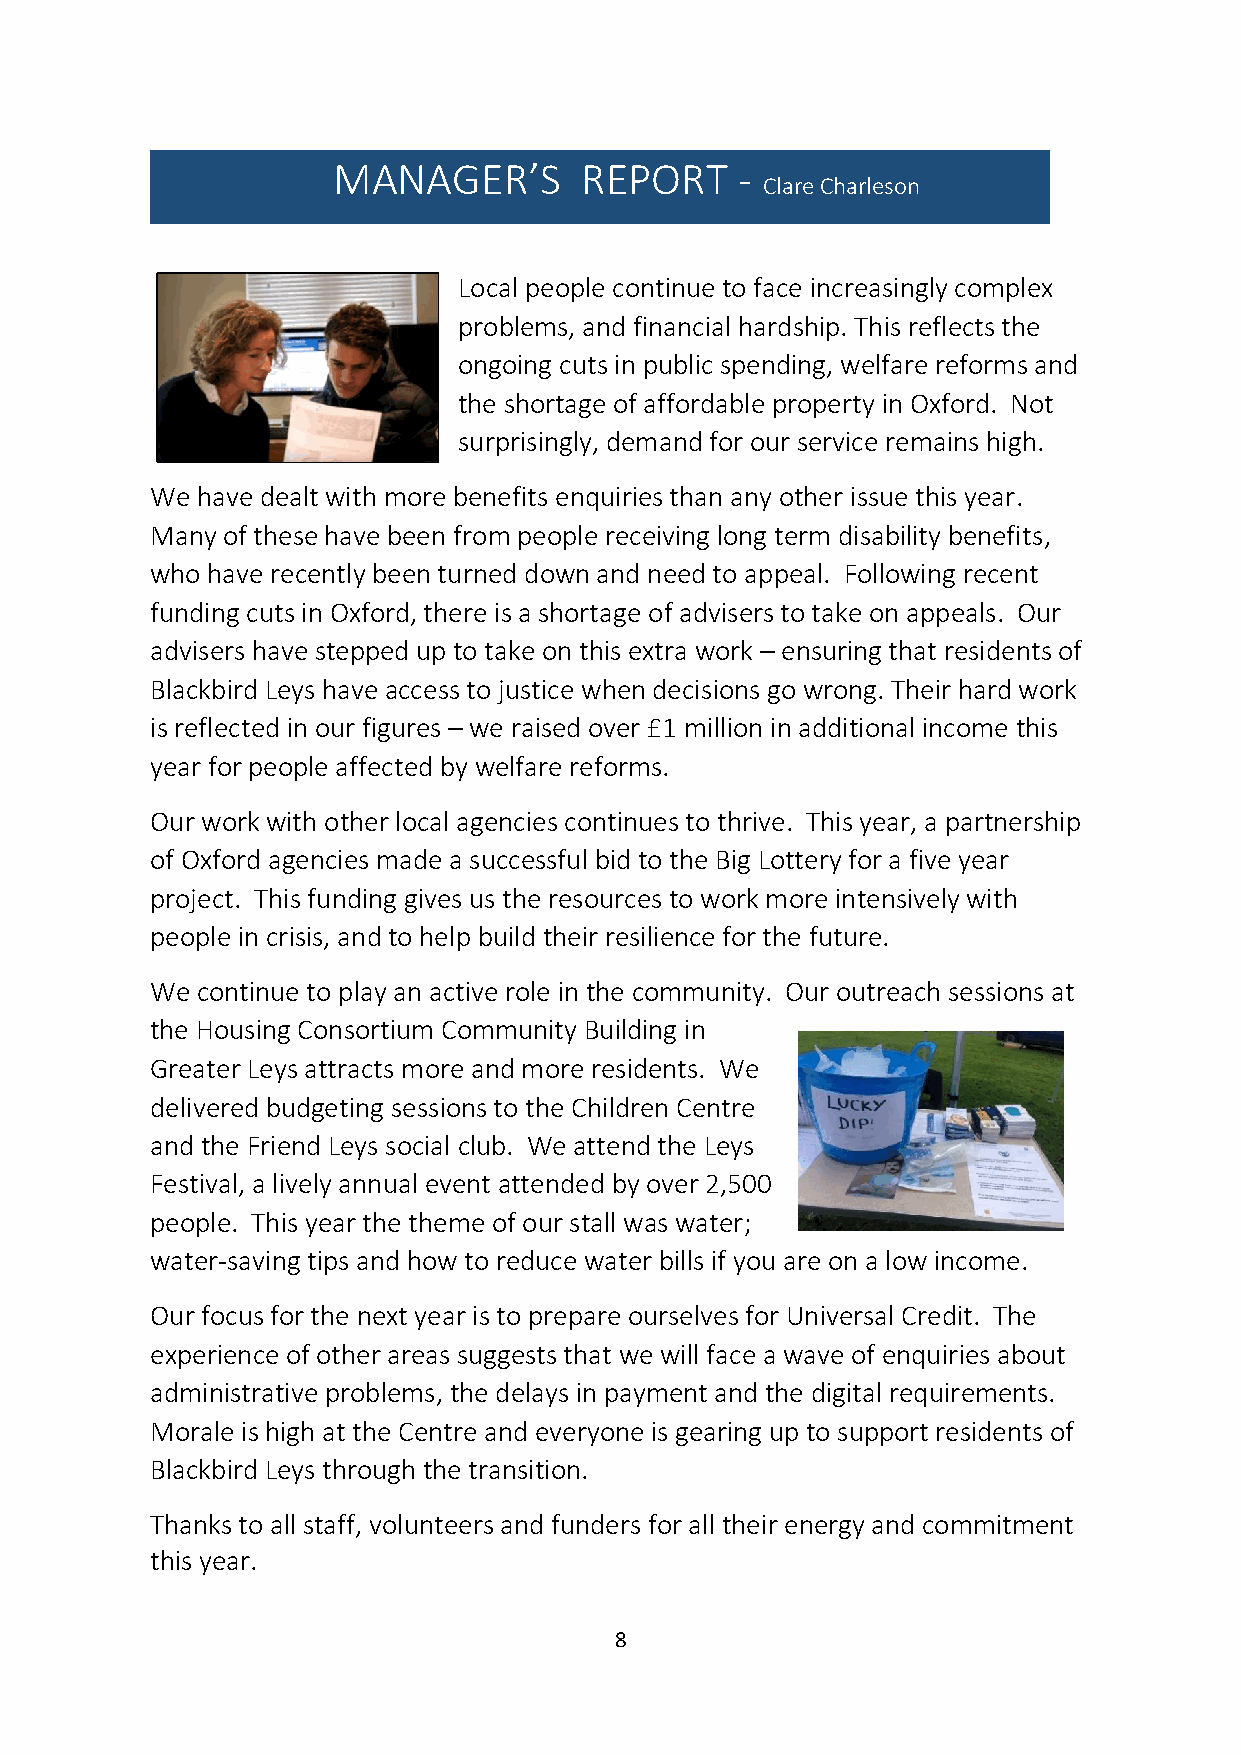
MANAGER’S       REPORT     -
 Clare Charleson
 Local people continue to face increasingly complex
 problems, and financial hardship. This reflects the
 ongoing cuts in public spending, welfare reforms and
 the shortage of affordable property in Oxford. Not
 surprisingly, demand for our service remains high.
 We have dealt with more benefits enquiries than any other issue this year.
 Many of these have been from people receiving long term disability benefits,
 who have recently been turned down and need to appeal. Following recent
 funding cuts in Oxford, there is a shortage of advisers to take on appeals. Our
 advisers have stepped up to take on this extra work – ensuring that residents of
 Blackbird Leys have access to justice when decisions go wrong. Their hard work
 is reflected in our figures – we raised over £1 million in additional income this
 year for people affected by welfare reforms.
 Our work with other local agencies continues to thrive. This year, a partnership
 of Oxford agencies made a successful bid to the Big Lottery for a five year
 project. This funding gives us the resources to work more intensively with
 people in crisis, and to help build their resilience for the future.
 We continue to play an active role in the community. Our outreach sessions at
 the Housing Consortium Community Building in
 Greater Leys attracts more and more residents. We
 delivered budgeting sessions to the Children Centre
 and the Friend Leys social club. We attend the Leys
 Festival, a lively annual event attended by over 2,500
 people. This year the theme of our stall was water;
 water-saving tips and how to reduce water bills if you are on a low income.
 Our focus for the next year is to prepare ourselves for Universal Credit. The
 experience of other areas suggests that we will face a wave of enquiries about
 administrative problems, the delays in payment and the digital requirements.
 Morale is high at the Centre and everyone is gearing up to support residents of
 Blackbird Leys through the transition.
 Thanks to all staff, volunteers and funders for all their energy and commitment
 this year.
 8